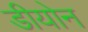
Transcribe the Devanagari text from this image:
डीयोन